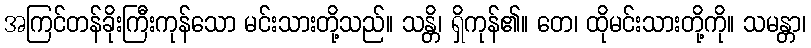
အကြင်တန်ခိုးကြီးကုန်သော မင်းသားတို့သည်။ သန္တိ၊ ရှိကုန်၏။ တေ၊ ထိုမင်းသားတို့ကို။ သမန္တာ၊